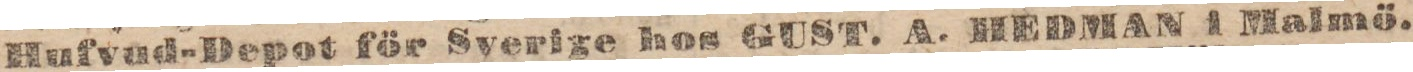
Hufvad-Depot för Sverige hos GUST. A. HEDMAN i Malmö.